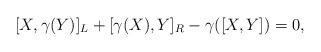
LaTeX: \begin{align*}[X,\gamma(Y)]_{L}+[\gamma(X),Y]_{R}-\gamma([X,Y])=0,\end{align*}